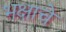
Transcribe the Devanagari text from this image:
भक्षाचे